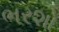
ભરશો